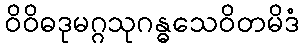
ဝိဝိဓဒုမဂ္ဂသုဂန္ဓသေဝိတမိဒံ